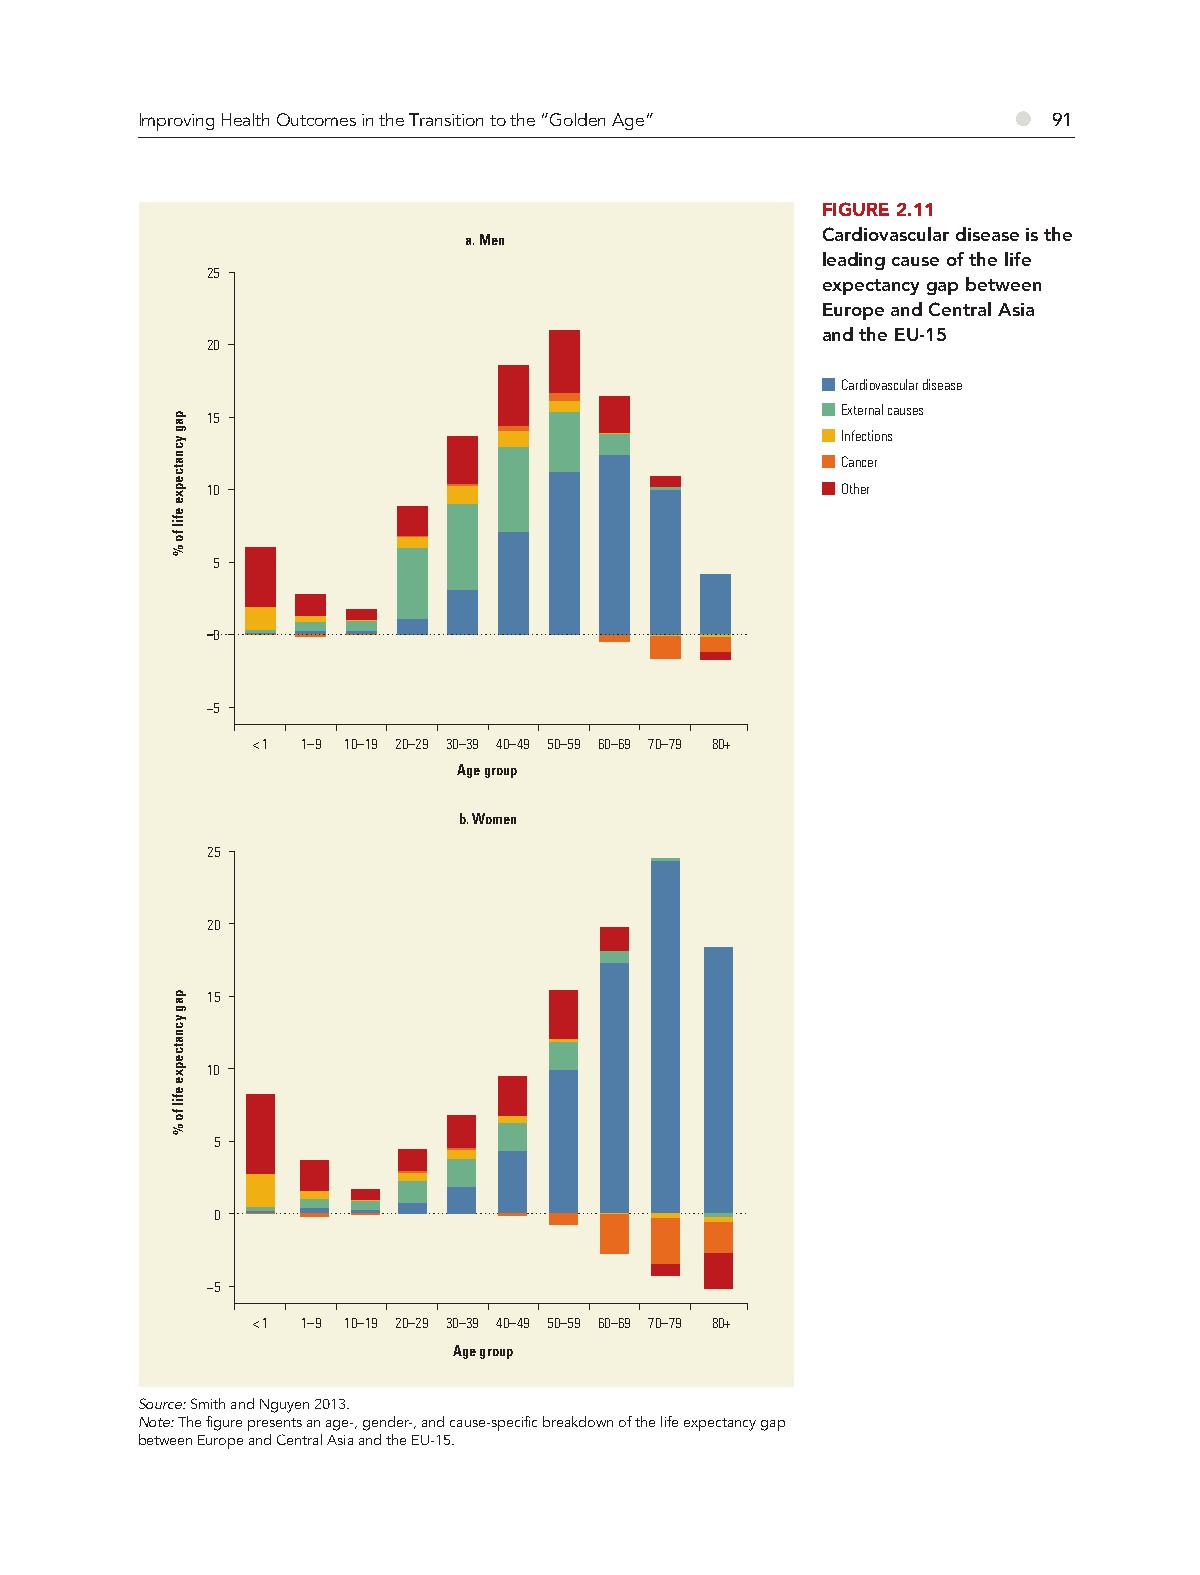
Improving Health Outcomes in the Transition to the “Golden Age” ● 91
 FIGURE 2.11
 Cardiovascular disease is the
 a. Men
 leading cause of the life
 25
 expectancy gap between
 Europe and Central Asia
 and the EU-15
 20
 Cardiovascular disease
 External causes
 15
 Infections
 Cancer
 10                                        Other
 5
 0
 −5
 < 1 1–9 10–19 20–29 30–39 40–49 50–59 60–69 70–79 80+
 Age group
 b. Women
 25
 20
 15
 10
 5
 0
 −5
 < 1 1–9 10–19 20–29 30–39 40–49 50–59 60–69 70–79 80+
 Age group
 Source: Smith and Nguyen 2013.
 Note: The figure presents an age-, gender-, and cause-specific breakdown of the life expectancy gap
 between Europe and Central Asia and the EU-15.
 pag
 ycnatcepxe
 efil
 fo
 %
 pag
 ycnatcepxe
 efil
 fo
 %